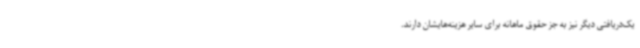
یک‌دریافتی دیگر نیز به جز حقوق ماهانه برای سایر هزینه‌هایشان دارند.